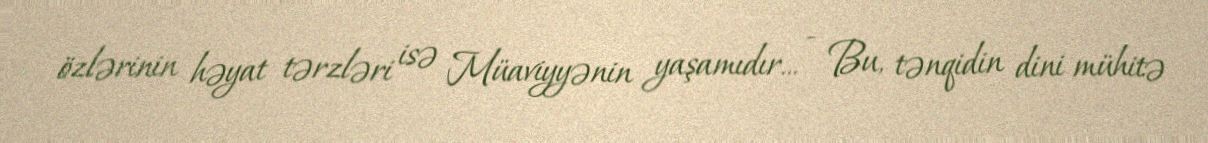
özlərinin həyat tərzləri isə Müaviyyənin yaşamıdır... - Bu, tənqidin dini mühitə